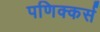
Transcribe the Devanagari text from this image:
पणिक्कर्स